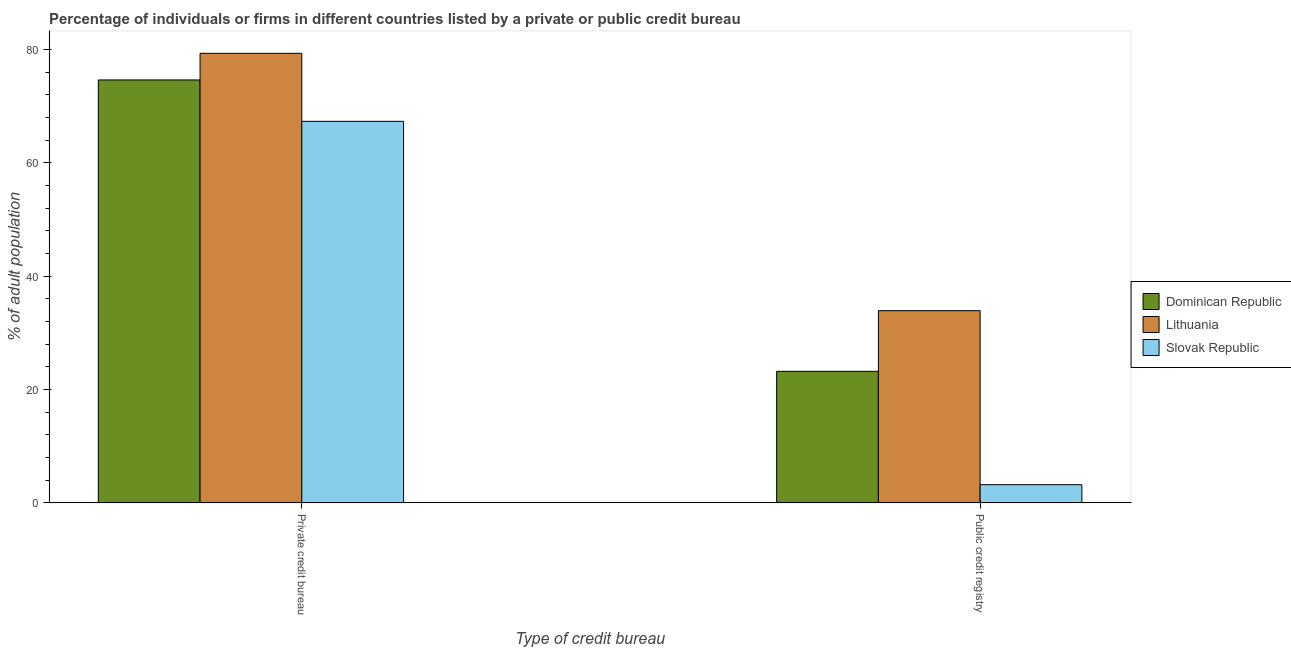
| Type of credit bureau | Dominican Republic | Lithuania | Slovak Republic |
 | --- | --- | --- | --- |
 | Private credit bureau | 74.6 | 79.3 | 67.3 |
 | Public credit registry | 23.2 | 33.9 | 3.2 |